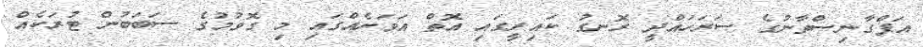
އަފްގާނިސްތާނުގެ ސަރަހައްދީ ރޮނގު ކައިރީގައި އޮތް އަވަށެއްގައި މި ގޮވުމުގެ ސަބަބުން ޓުރަކެއް